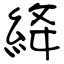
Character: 絳